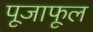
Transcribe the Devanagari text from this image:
पूजाफूल